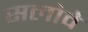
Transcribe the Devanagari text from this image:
सलोवे